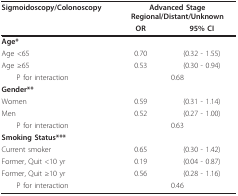
<table><thead><tr><td><b>Sigmoidoscopy/Colonoscopy</b></td><td colspan="2"><b>Advanced StageRegional/Distant/Unknown</b></td></tr><tr><td></td><td><b>OR</b></td><td><b>95% CI</b></td></tr></thead><tbody><tr><td><b>Age*</b></td><td></td><td></td></tr><tr><td>Age &lt;65</td><td>0.70</td><td>(0.32 - 1.55)</td></tr><tr><td>Age ≥65</td><td>0.53</td><td>(0.30 - 0.94)</td></tr><tr><td> P for interaction</td><td colspan="2">0.68</td></tr><tr><td><b>Gender**</b></td><td></td><td></td></tr><tr><td>Women</td><td>0.59</td><td>(0.31 - 1.14)</td></tr><tr><td>Men</td><td>0.52</td><td>(0.27 - 1.00)</td></tr><tr><td> P for interaction</td><td colspan="2">0.63</td></tr><tr><td><b>Smoking Status***</b></td><td></td><td></td></tr><tr><td>Current smoker</td><td>0.65</td><td>(0.30 - 1.42)</td></tr><tr><td>Former, Quit &lt;10 yr</td><td>0.19</td><td>(0.04 - 0.87)</td></tr><tr><td>Former, Quit ≥10 yr</td><td>0.56</td><td>(0.28 - 1.16)</td></tr><tr><td> P for interaction</td><td colspan="2">0.46</td></tr></tbody></table>